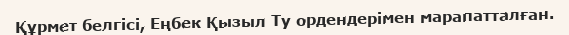
Құрмет белгісі, Еңбек Қызыл Ту ордендерімен марапатталған.